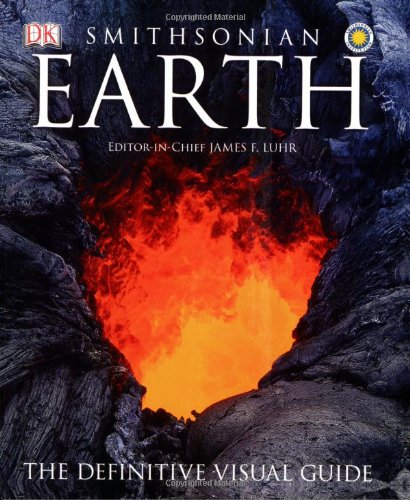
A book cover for Earth; Jim Luhr; Politics & Social Sciences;